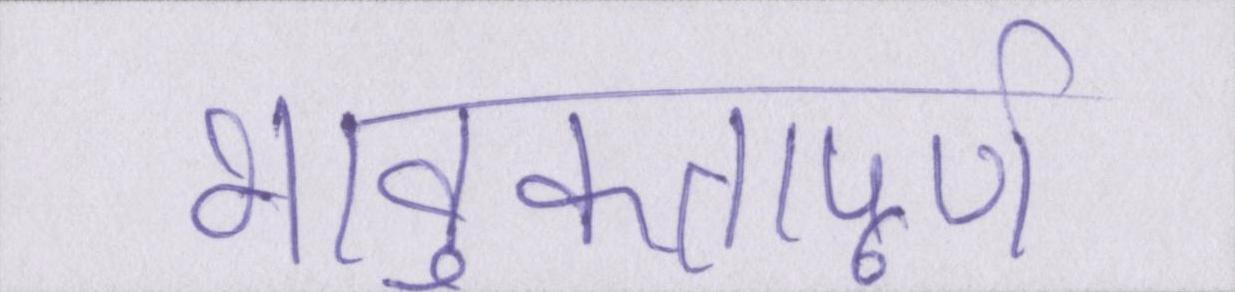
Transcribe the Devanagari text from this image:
भावुकतापूर्ण